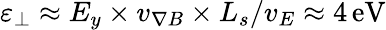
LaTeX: \varepsilon_{\perp}\approx E_{y}\times v_{\nabla B}\times L_{s}/v_{E}\approx 4\, \mathrm{eV}